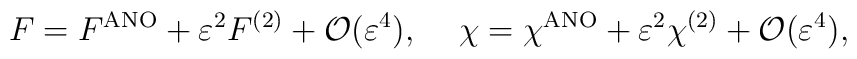
F = F^{\rm ANO} +\varepsilon^2 F^{(2)} + {\cal O}(\varepsilon^4), \hskip 5mm \chi = \chi^{\rm ANO} + \varepsilon^2\chi^{(2)} + {\cal O}(\varepsilon^4),